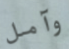
وآمل